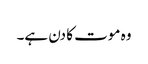
وہ موت کا دن ہے۔